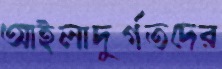
আইলাদুর্গতদের